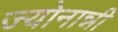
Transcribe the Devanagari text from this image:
ज्योनान्नी